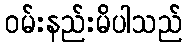
ဝမ်းနည်းမိပါသည်